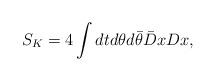
LaTeX: \begin{align*} S_K=4\int dtd\theta d\bar{\theta}\bar D xD x,\end{align*}